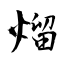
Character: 熘